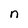
Character: n